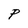
Character: P